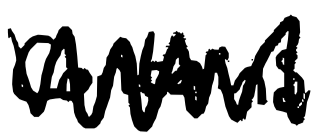
Text: contains
Cross-out: zig-zag
Writing tool: digital_black